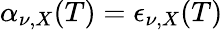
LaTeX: \alpha_{\nu,X}(T)=\epsilon_{\nu,X}(T)